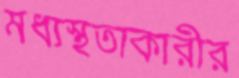
মধ্যস্থতাকারীর